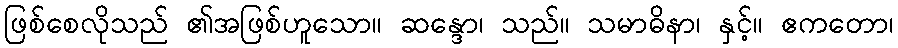
ဖြစ်စေလိုသည် ၏အဖြစ်ဟူသော။ ဆန္ဒော၊ သည်။ သမာဓိနာ၊ နှင့်။ ဧကတော၊